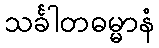
သင်္ခါတဓမ္မာနံ